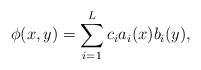
LaTeX: \begin{align*}\phi(x,y)=\sum_{i=1}^L c_i a_i(x)b_i(y),\end{align*}